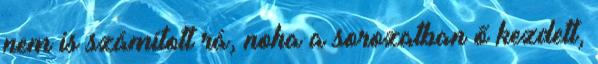
nem is számított rá, noha a sorozatban ő kezdett,